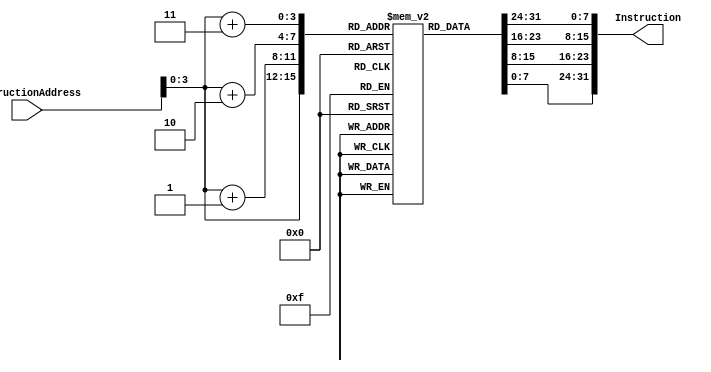
module Instruction_Memory
  (
	input  wire [63:0] InstructionAddress,
	output reg [31:0] Instruction
	);
	
	//16 8-bits memory Array registers
	reg [7:0] memReg [15:0];		
	
	//Initialising the integer variable 'index' for loop purpose
	integer index;
	
	initial
	begin
	for (index = 0; index < 16; index = index + 1)
	  //initializing 16 locations with random values
		memReg[index] <= index;		
	end
	
	//whenever an Inst_Address field is changed,Inst_Address should appear at the 32-bit output port, Instruction. 
  always @(InstructionAddress)
	 begin
	   //Concatenating the InstructionAddress According to The MSB TO LSB ORDER.
	   //INST + 3 -> MSB (most right)
	   //INST + 2 -> MIDDLE
	   //INST + 1 -> MIDDLE
	   //INST + 0 -> LSB (most left)
		  Instruction <= {memReg[InstructionAddress[3:0]+3], memReg[InstructionAddress[3:0]+2], memReg[InstructionAddress[3:0]+1], memReg[InstructionAddress[3:0]]};
	 end
		
endmodule